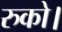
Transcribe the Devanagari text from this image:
रुको।